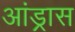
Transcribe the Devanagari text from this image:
आंड्रास